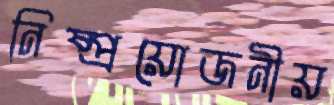
নিষ্প্রয়োজনীয়